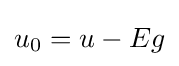
{\textstyle u_{0}=u-Eg}